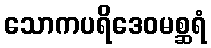
သောကပရိဒေဝမစ္ဆရံ